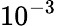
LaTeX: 10^{-3}